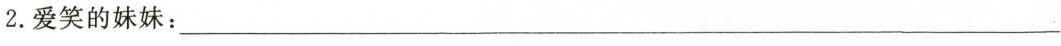
2. 爱笑的妹妹：___